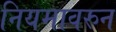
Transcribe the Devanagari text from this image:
नियमावरुन